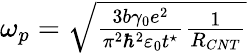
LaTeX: \begin{array}{r}{\omega_{p}=\sqrt{\frac{3b\gamma_{0}e^{2}}{\pi^{2}\hbar^{2}\varepsilon_{0}t^{\star}}\frac{1}{R_{CNT}}}}\end{array}